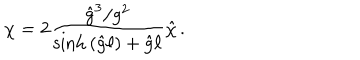
\chi = 2 \frac { { \hat { g } } ^ { 3 } / g ^ { 2 } } { \sinh { \left( { \hat { g } } \ell \right) } + { \hat { g } } \ell } { \hat { \chi } } \, .